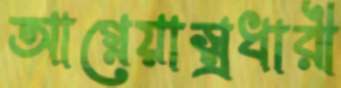
আগ্নেয়াস্ত্রধারী